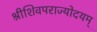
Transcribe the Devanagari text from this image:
श्रीशिवपराज्योदयम्